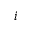
i